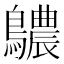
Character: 𪇌